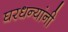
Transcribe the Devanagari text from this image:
घरधन्यांनी